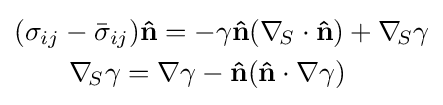
{\begin{aligned}&(\sigma _{ij}-{\bar {\sigma }}_{ij})\mathbf {\hat {n}} =-\gamma \mathbf {\hat {n}} (\nabla _{\!S}\cdot \mathbf {\hat {n}} )+\nabla _{\!S}\gamma \\&\qquad \nabla _{\!S}\gamma =\nabla \gamma -\mathbf {\hat {n}} (\mathbf {\hat {n}} \cdot \nabla \gamma )\end{aligned}}